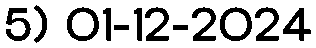
5) 01-12-2024